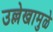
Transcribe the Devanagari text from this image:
उल्लेखामुळे